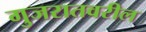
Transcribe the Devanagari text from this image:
गुजरातवरील